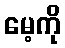
မေ့ကို